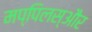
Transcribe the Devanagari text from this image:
मप्पिलस्और